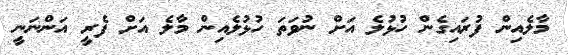
މާލެއިން ފުރައިގެން ހުޅުލެ އަށް ނުވަތަ ހުޅުލެއިން މާލެ އަށް ފެރީ އަންނަނީ